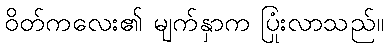
ဝိတ်ကလေး၏ မျက်နှာက ပြုံးလာသည်။